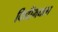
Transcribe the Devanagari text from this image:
विधीमधला